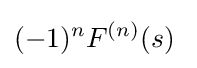
(-1)^{n}F^{(n)}(s)\